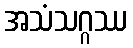
အသံသဂ္ဂဿ